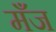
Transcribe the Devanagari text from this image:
मँज